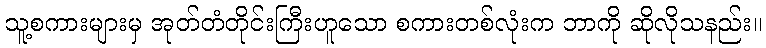
သူ့စကားများမှ အုတ်တံတိုင်းကြီးဟူသော စကားတစ်လုံးက ဘာကို ဆိုလိုသနည်း။